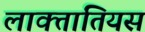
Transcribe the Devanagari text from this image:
लाक्तांतियस